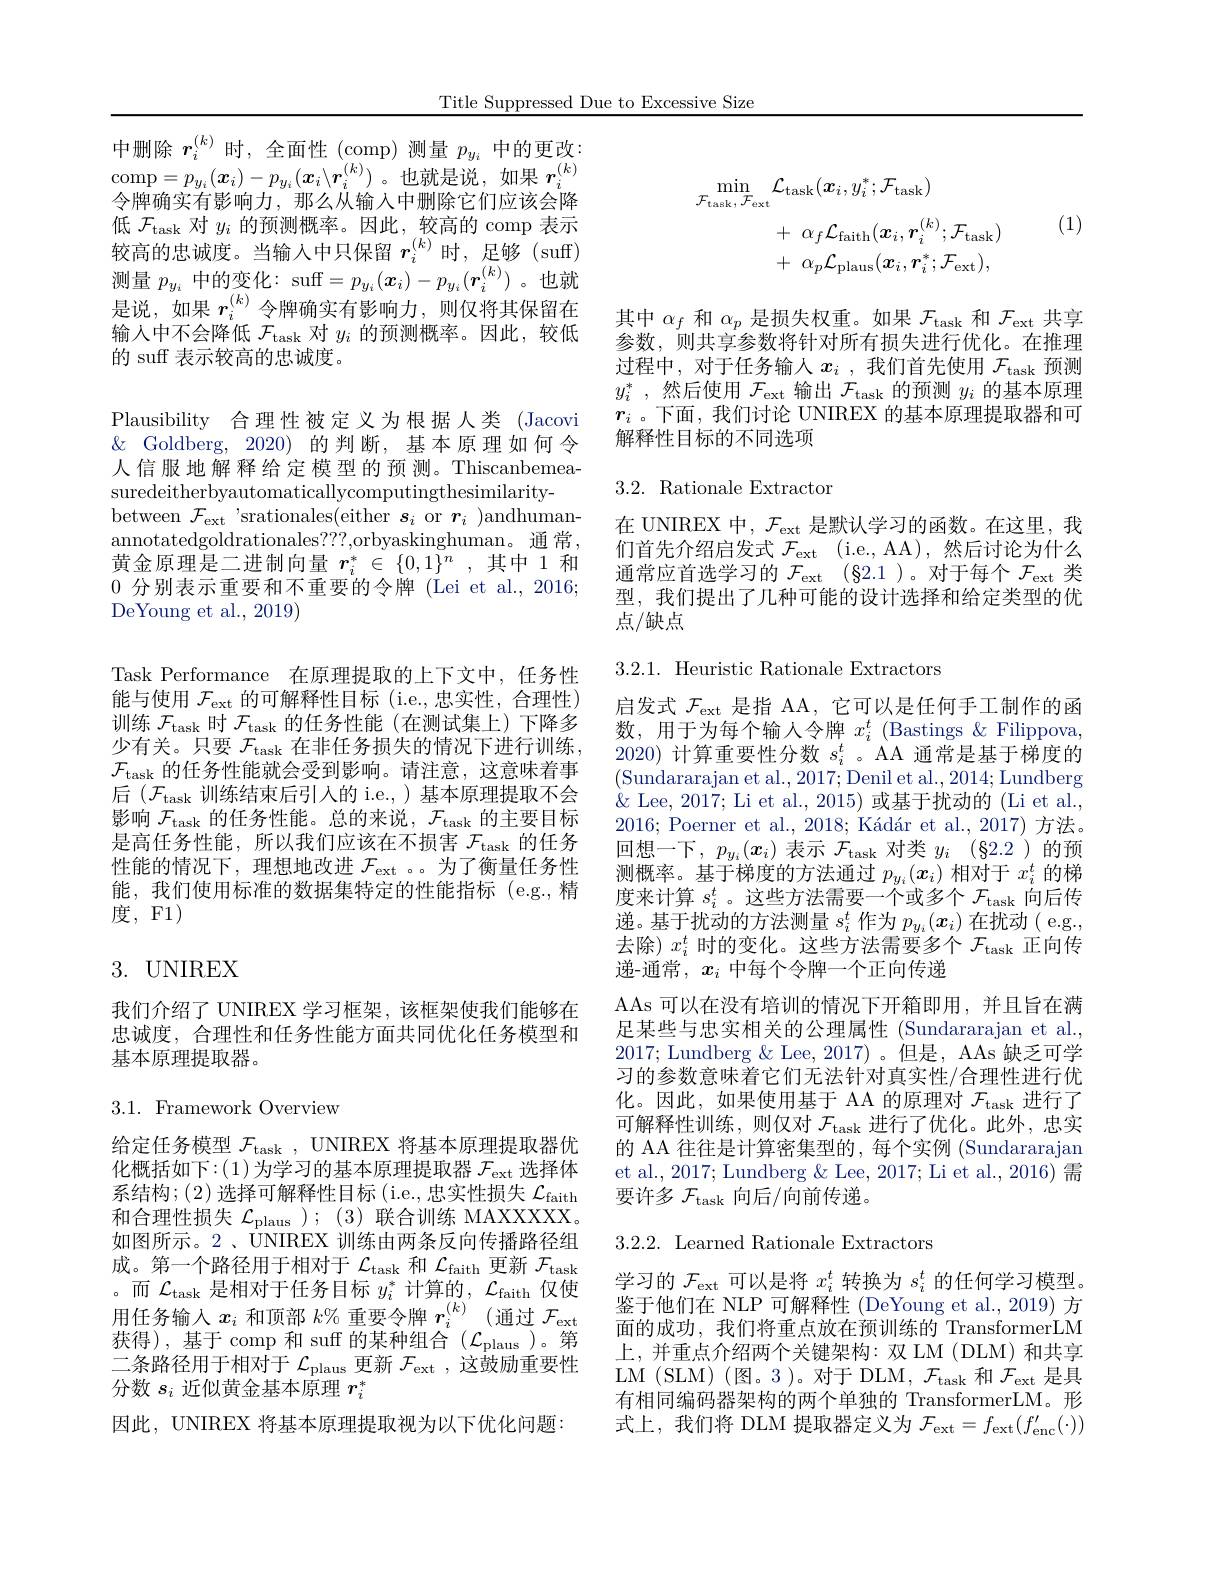
Title Suppressed Due to Excessive Size

中删除$r_i^{(k)}$时，全面性 (comp)测量$p_{y_i}$中的更改： $\operatorname*{comp}=p_{y_{i}}(\boldsymbol{x}_{i})-p_{y_{i}}(\boldsymbol{x}_{i}\backslash\boldsymbol{r}_{i}^{(k)})$。也就是说，如果$r_i^{(k)}$ 令牌确实有影响力，那么从输入中删除它们应该会降低$\mathcal{F}_\mathrm{task}$对$y_i$的预测概率。因此，较高的 comp 表示较高的忠诚度。当输入中只保留$r_i^{(k)}$时，足够 (suff) 测量$p_{y_i}$中的变化：suff$=p_y_i(\boldsymbol{x}_i)-p_{y_i}(\boldsymbol{r}_i^{(k)})$。也就是说，如果$r_i^{(k)}$令牌确实有影响力，则仅将其保留在输入中不会降低$\mathcal{F}_\mathrm{task}$对$y_i$的预测概率。因此，较低的 suff 表示较高的忠诚度。

Plausibility 合理性被定义为根据人类 (Jacovi $\&$ Goldberg, 2020)的判断，基本原理如何令人信服地解释给定模型的预测。Thiscanbemeasuredeitherbyautomaticallycomputingthesimilarity-
between $\mathcal{F}_\mathrm{ext}$ 'srationales(either $s_i$ or $r_i$ )andhumanannotatedgoldrationales??,orbyaskinghuman。通 常， 黄金原理是二进制向量 $r_i^*\in\{0,1\}^n$,其中 1和0分别表示重要和不重要的令牌 (Lei et al., 2016; DeYoung et al., 2019)
Task Performance 在原理提取的上下文中，任务性能与使用$\mathcal{F}_\mathrm{ext}$的可解释性目标 (i.e.,忠实性，合理性) 训练$\mathcal{F}_\mathrm{task}$时$\mathcal{F}_\mathrm{task}$的任务性能(在测试集上)下降多少有关。只要$\mathcal{F}_\mathrm{task}$在非任务损失的情况下进行训练， $\mathcal{F}_{\mathrm{task}}$的任务性能就会受到影响。请注意，这意味着事后$(\mathcal{F}_{\mathrm{task}}$训练结束后引人的 i.e.,)基本原理提取不会影响$\mathcal{F}_\mathrm{task}$的任务性能。总的来说，$\mathcal{F}_\mathrm{task}$的主要目标是高任务性能，所以我们应该在不损害$\mathcal{F}_\mathrm{task}$的任务性能的情况下，理想地改进$\mathcal{F}_\mathrm{ext}$ 。为了衡量任务性能，我们使用标准的数据集特定的性能指标(e.g.,精度，F1)
3. UNIREX

我们介绍了 UNIREX 学习框架，该框架使我们能够在忠诚度，合理性和任务性能方面共同优化任务模型和基本原理提取器。

## 3.1. Framework Overview

给定任务模型$\mathcal{F}_\mathrm{task}$, UNIREX 将基本原理提取器优化概括如下：(1)为学习的基本原理提取器 $\mathcal{F}_\mathrm{ext}$ 选择体系结构；(2)选择可解释性目标(i.e.,忠实性损失$\mathcal{L}_\mathrm{faith}$ 和合理性损失$\mathcal{L}_\mathrm{plaus}$ ); (3) 联合训练 MAXXXXX。如图所示。2、UNIREX 训练由两条反向传播路径组成。第一个路径用于相对于$\mathcal{L}_\mathrm{task}$和$\mathcal{L}_\mathrm{faith}$更新$\mathcal{F}_\mathrm{task}$ 。而$\mathcal{L}_\mathrm{task}$是相对于任务目标$y_i^*$计算的，$\mathcal{L}_\mathrm{faith}$仅使用 任 务 输 入 $x_{i}$ 和 顶 部 $k\%$ 重 要 令 牌 $r_{i}^{( k) }$ (通 过 $\mathcal{F} _{\mathrm{ext}})$ 用 任 务 输 入 $x_{i}$ 和 顶 部 $k\%$ 重 要 令 牌 $r_{i}^{( k) }$ (通 过 $\mathcal{F} _{\mathrm{ext}})$ 获得),基于 comp 和 suff 的某种组合($\mathcal{L}_\mathrm{plaus}$)。第二条路径用于相对于$\mathcal{L}_\mathrm{plaus}$更新$\mathcal{F}_\mathrm{ext}$,这鼓励重要性分数$s_i$近似黄金基本原理$r_i^*$
因此，UNIREX 将基本原理提取视为以下优化问题：

(1)
$$\begin{aligned}\operatorname*{min}_{\mathcal{F}_{\mathrm{task}},\mathcal{F}_{\mathrm{ext}}}&\mathcal{L}_{\mathrm{task}}(\boldsymbol{x}_{i},y_{i}^{*};\mathcal{F}_{\mathrm{task}})\\&+\:\alpha_{f}\mathcal{L}_{\mathrm{faith}}(\boldsymbol{x}_{i},\boldsymbol{r}_{i}^{(k)};\mathcal{F}_{\mathrm{task}})\\&+\:\alpha_{p}\mathcal{L}_{\mathrm{plaus}}(\boldsymbol{x}_{i},\boldsymbol{r}_{i}^{*};\mathcal{F}_{\mathrm{ext}}),\end{aligned}$$
其中$\alpha_f$和$\alpha_p$是损失权重。如果$\mathcal{F}_\mathrm{task}$和$\mathcal{F}_\mathrm{ext}$共享参数，则共享参数将针对所有损失进行优化。在推理过程中，对于任务输入$x_i$ ,我们首先使用 $\mathcal{F}_\mathrm{task}$ 预测$y_i^*$ ,然后使用$\mathcal{F}_\mathrm{ext}$输出$\mathcal{F}_\mathrm{task}$的预测$y_i$的基本原理$r_i$ 。下面，我们讨论 UNIREX 的基本原理提取器和可解释性目标的不同选项

## $3.2.{\mathrm{Rationale~Extractor}}$

在 UNIREX 中，$\mathcal{F}_\mathrm{ext}$是默认学习的函数。在这里，我们首先介绍启发式$\mathcal{F} _\mathrm{ext}$ (i.e., AA),然后讨论为什么通常应首选学习的$\mathcal{F} _\mathrm{ext}$ $( \S 2. 1$ )。对于每个$\mathcal{F}_\mathrm{ext}$类型，我们提出了几种可能的设计选择和给定类型的优点/缺点

3.2.1. Heuristic Rationale Extractors

启发式$\mathcal{F}_\mathrm{ext}$是指 AA,它可以是任何手工制作的函数，用于为每个输入令牌$x_i^t$ (Bastings &Filippova, 2020) 计算重要性分数$s_i^t$ 。AA 通常是基于梯度的(Sundararajan et al., 2017; Denil et al., 2014; Lundberg $\&$ Lee, 2017; Li et al., 2015) 或基于扰动的 (Li et al., 2016; Poerner et al., 2018; Kádár et al., 2017) 方法。回想一下，$p_y_i(x_i)$表示$\mathcal{F}_\mathrm{task}$对类$y_i$ (§2.2 )的预测概率。基于梯度的方法通过$p_y_i(x_i)$相对于$x_i^t$的梯度来计算$s_i^t$ 。这些方法需要一个或多个$\mathcal{F}_\mathrm{task}$向后传递。基于扰动的方法测量$s_i^t$作为$p_y_i(x_i)$在扰动 ( e.g., 去除) $x_i^t$时的变化。这些方法需要多个$\mathcal{F}_\mathrm{task}$正向传递-通常，$x_i$中每个令牌一个正向传递
AAs 可以在没有培训的情况下开箱即用，并且旨在满足某些与忠实相关的公理属性 (Sundararajan et al., 2017; Lundberg & Lee, 2017)。但是，AAs 缺乏可学习的参数意味着它们无法针对真实性/合理性进行优化。因此，如果使用基于 AA 的原理对$\mathcal{F}_\mathrm{task}$进行了可解释性训练，则仅对$\mathcal{F}_\mathrm{task}$进行了优化。此外，忠实的 AA 往往是计算密集型的，每个实例 (Sundararajan et al., 2017; Lundberg & Lee, 2017; Li et al., 2016) 需要许多$\mathcal{F}_\mathrm{task}$向后/向前传递。
3.2.2. Learned Rationale Extractors
学习的$\mathcal{F}_\mathrm{ext}$可以是将$x_i^t$转换为$s_i^t$的任何学习模型。鉴于他们在 NLP 可解释性 (DeYoung et al.,2019) 方面的成功，我们将重点放在预训练的 TransformerLM 上，并重点介绍两个关键架构：双 LM (DLM) 和共享LM (SLM) (图。3)。对于 DLM, $\mathcal{F}_\mathrm{task}$和$\mathcal{F}_\mathrm{ext}$是具

有相同编码器架构的两个单独的 TransformerLM。形式上，我们将 DLM 提取器定义为$\mathcal{F}_\mathrm{ext}=f_\mathrm{ext}(f_\mathrm{enc}^{\prime}(\cdot))$